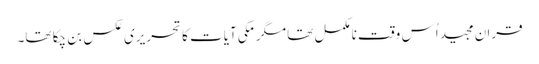
قران مجید اُس وقت نامکمل تھا مگرمکی آیات کا تحریری عکس بن چکا تھا۔